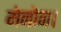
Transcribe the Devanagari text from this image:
मेनोन।